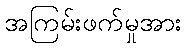
အကြမ်းဖက်မှုအား